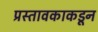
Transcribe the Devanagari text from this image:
प्रस्तावकाकडून